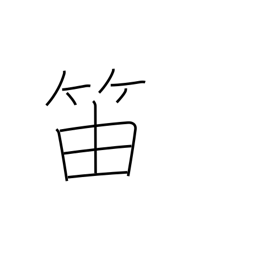
Meaning: clarinet